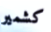
كشمير